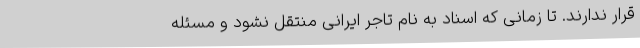
قرار ندارند. تا زمانی که اسناد به نام تاجر ایرانی منتقل نشود و مسئله